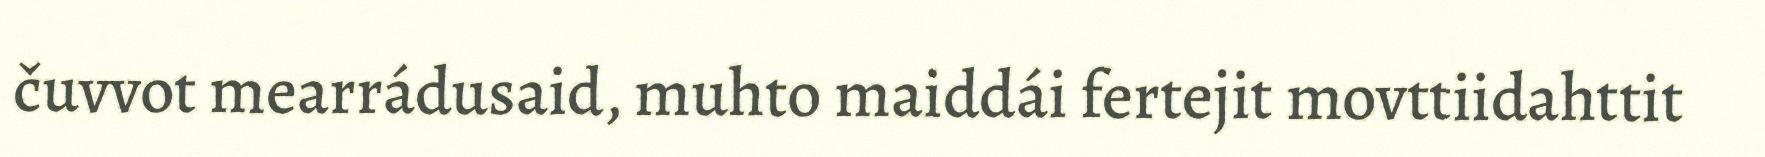
čuvvot mearrádusaid, muhto maiddái fertejit movttiidahttit